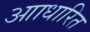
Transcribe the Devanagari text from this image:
आाधारित